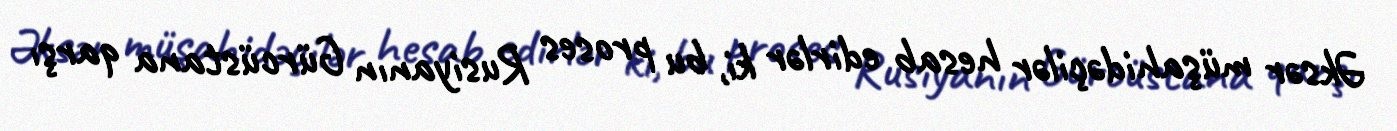
Əksər müşahidəçilər hesab edirlər ki, bu proses Rusiyanın Gürcüstana qarşı